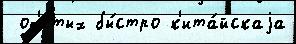
 од'е́тых бы́стро к'ита́йскаjа